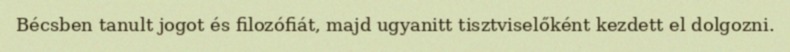
Bécsben tanult jogot és filozófiát, majd ugyanitt tisztviselőként kezdett el dolgozni.